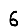
Digit: 6